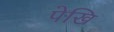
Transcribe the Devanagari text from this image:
पेखि